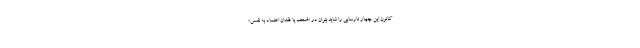
کانون این چهار نارسایی را شاید بتوان در «ضعف یا فقدان اعتماد به نفس»